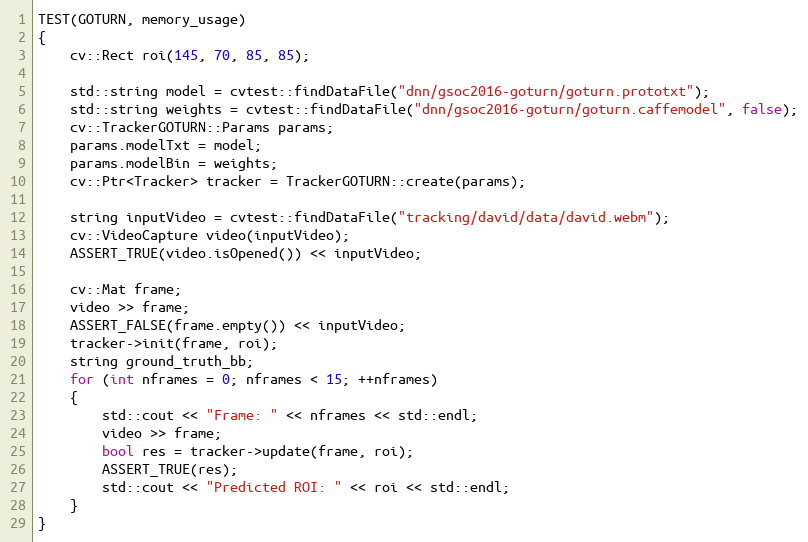
Language: C++
TEST(GOTURN, memory_usage)
{
    cv::Rect roi(145, 70, 85, 85);

    std::string model = cvtest::findDataFile("dnn/gsoc2016-goturn/goturn.prototxt");
    std::string weights = cvtest::findDataFile("dnn/gsoc2016-goturn/goturn.caffemodel", false);
    cv::TrackerGOTURN::Params params;
    params.modelTxt = model;
    params.modelBin = weights;
    cv::Ptr<Tracker> tracker = TrackerGOTURN::create(params);

    string inputVideo = cvtest::findDataFile("tracking/david/data/david.webm");
    cv::VideoCapture video(inputVideo);
    ASSERT_TRUE(video.isOpened()) << inputVideo;

    cv::Mat frame;
    video >> frame;
    ASSERT_FALSE(frame.empty()) << inputVideo;
    tracker->init(frame, roi);
    string ground_truth_bb;
    for (int nframes = 0; nframes < 15; ++nframes)
    {
        std::cout << "Frame: " << nframes << std::endl;
        video >> frame;
        bool res = tracker->update(frame, roi);
        ASSERT_TRUE(res);
        std::cout << "Predicted ROI: " << roi << std::endl;
    }
}